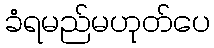
ခံရမည်မဟုတ်ပေ